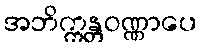
အဘိက္ကန္တဝဏ္ဏာပေ